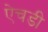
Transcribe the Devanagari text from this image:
ऐचडी